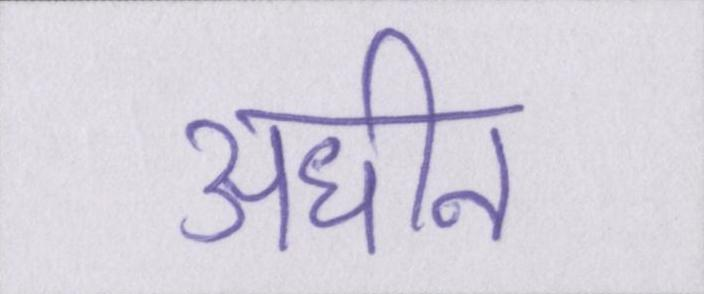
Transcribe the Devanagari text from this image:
अधीन